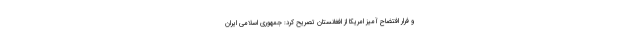
و فرار افتضاح آمیز امریکا از افغانستان تصریح کرد: جمهوری اسلامی ایران